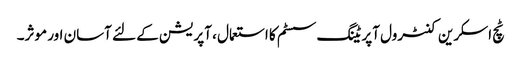
ٹچ اسکرین کنٹرول آپریٹنگ سسٹم کا استعمال ، آپریشن کے لئے آسان اور موثر۔